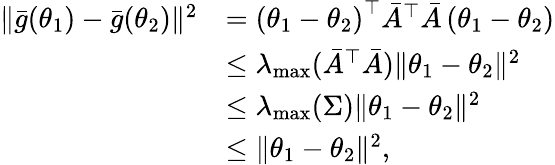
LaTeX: \begin{array}{rl}{\Vert\bar{g}(\theta_{1})-\bar{g}(\theta_{2})\Vert^{2}}&{=\left(\theta_{1}-\theta_{2}\right)^{\top}\bar{A}^{\top}\bar{A}\left(\theta_{1}-\theta_{2}\right)}\\ &{\leq\lambda_{\operatorname*{max}}(\bar{A}^{\top}\bar{A})\Vert\theta_{1}-\theta_{2}\Vert^{2}}\\ &{\leq\lambda_{\operatorname*{max}}(\Sigma)\Vert\theta_{1}-\theta_{2}\Vert^{2}}\\ &{\leq\Vert\theta_{1}-\theta_{2}\Vert^{2},}\end{array}